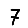
Digit: 7